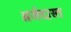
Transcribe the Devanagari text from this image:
अर्जदास्‍त